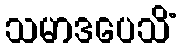
သမာဒပေသိံ